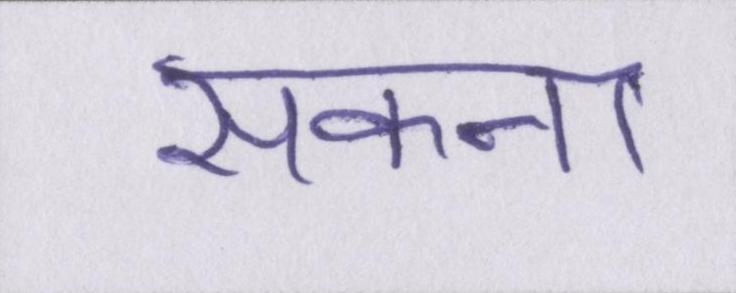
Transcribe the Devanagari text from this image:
सकना